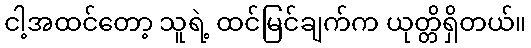
ငါ့အထင်တော့ သူရဲ့ ထင်မြင်ချက်က ယုတ္တိရှိတယ်။